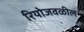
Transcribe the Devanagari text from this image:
रियोजवळील